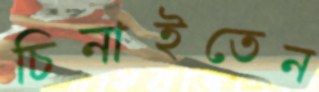
চিনাইতেন